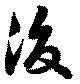
後